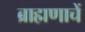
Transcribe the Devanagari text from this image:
ब्राह्मणाचें